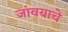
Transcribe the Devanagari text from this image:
जांवयाचे